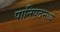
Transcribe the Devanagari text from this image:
पानिपतमध्यें